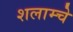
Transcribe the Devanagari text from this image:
शलाम्चे